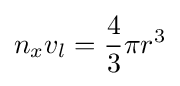
n_{x}v_{l}={\frac {4}{3}}\pi r^{3}